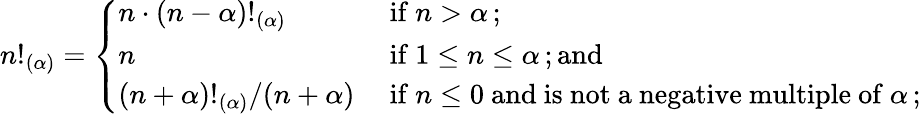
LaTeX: n!_{(\alpha)}={\left\{ \begin{array}{ll}{n\cdot(n-\alpha)!_{(\alpha)}}&{{\mathrm{~if~}}n>\alpha\, ;}\\ {n}&{{\mathrm{~if~}}1\leq n\leq\alpha\, ;{\mathrm{and}}}\\ {(n+\alpha)!_{(\alpha)}/(n+\alpha)}&{{\mathrm{~if~}}n\leq 0{\mathrm{~and~is~not~a~negative~multiple~of~}}\alpha\, ;}\end{array}\right.}